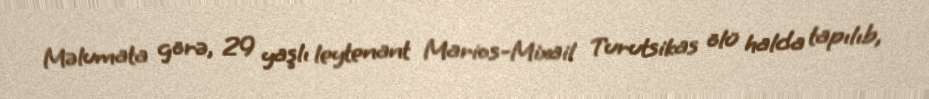
Məlumata görə, 29 yaşlı leytenant Marios-Mixail Turutsikas ölü halda tapılıb,